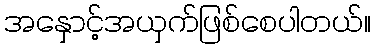
အနှောင့်အယှက်ဖြစ်စေပါတယ်။